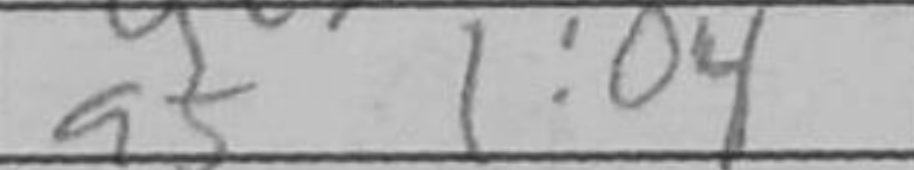
Transcription: a5